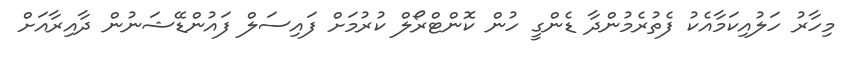
މިހާރު ހަލުއިކަމާއެކު ފެތުރެމުންދާ ޑެންގީ ހުން ކޮންޓްރޯލް ކުރުމަށް ފައިސަލް ފައުންޑޭޝަނުން ދާއިރާއަށް